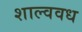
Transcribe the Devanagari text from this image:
शाल्ववध